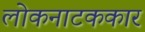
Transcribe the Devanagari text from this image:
लोकनाटककार